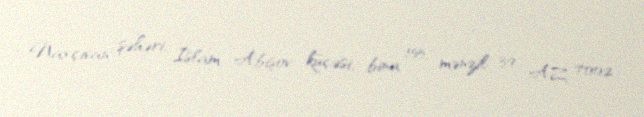
Naxçıvan şəhəri, İslam Abışov küçəsi, bina 155, mənzil 39, AZ 7002